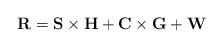
LaTeX: \begin{align*}\mathbf{R}=\mathbf{S}\times\mathbf{H}+\mathbf{C}\times\mathbf{G}+\mathbf{W}\end{align*}